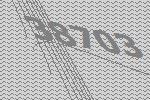
38703